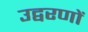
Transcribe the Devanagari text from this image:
उद्वरणों